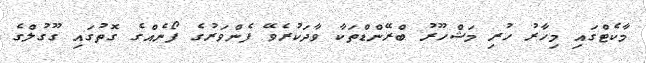
މާކެޓްގައި މިހާރު ހުރި މަޝްހޫރު ބްރޭންޑްތަކާ ވާދަކުރެވޭ ފެންވަރުގެ ފޯނެއްގެ ގޮތުގައި ގޫގުލްގެ